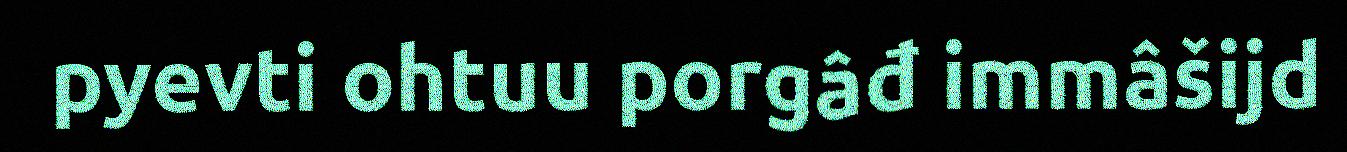
pyevti ohtuu porgâđ immâšijd